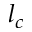
l _ { c }